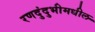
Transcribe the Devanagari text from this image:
रणदुंदुभीमधील